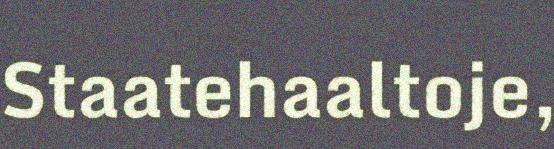
Staatehaaltoje,